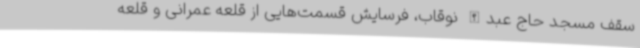
سقف مسجد حاج عبدالله نوقاب، فرسایش قسمت‌هایی از قلعه عمرانی و قلعه